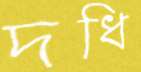
দধি